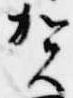
賀